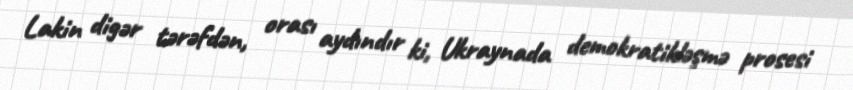
Lakin digər tərəfdən, orası aydındır ki, Ukraynada demokratikləşmə prosesi